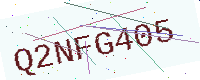
Text: Q2NFG405